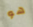
هو